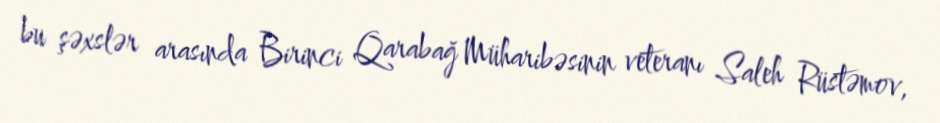
bu şəxslər arasında Birinci Qarabağ Müharibəsinin veteranı Saleh Rüstəmov,